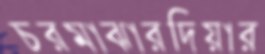
চরমাঝারদিয়ার